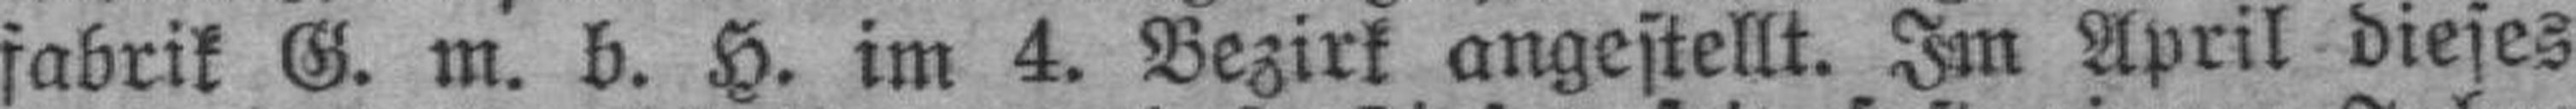
fabrik G. m. b. H. im 4. Bezirk angestellt. Im April dieses